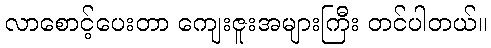
လာစောင့်ပေးတာ ကျေးဇူးအများကြီး တင်ပါတယ်။